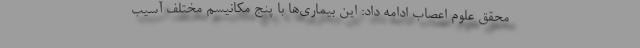
محقق علوم اعصاب ادامه داد: این بیماری‌ها با پنج مکانیسم مختلف آسیب